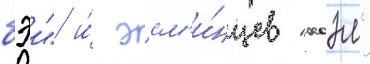
бэи" и́ эсм'и́нцев "хоэл"